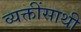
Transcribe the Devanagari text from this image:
व्यक्तींसाथी